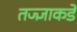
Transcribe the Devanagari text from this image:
तज्‍ज्ञाकडे